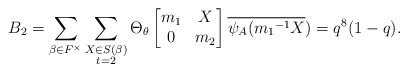
\begin{align*} B_{2}=\displaystyle \sum_{\beta \in F^{\times}} \sum_{\substack{X\in S(\beta) \\ t=2 }}\Theta_{\theta} \begin{bmatrix} m_{1} & X\\0 & m_{2}\end{bmatrix}\overline{\psi_{A}({m_{1}}^{-1}X})=q^{8}(1-q).\end{align*}